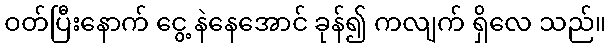
ဝတ်ပြီးနောက် ငွေ့ နဲနေအောင် ခုန်၍ ကလျက် ရှိလေ သည်။